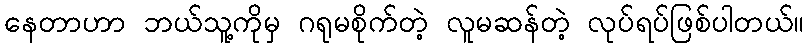
နေတာဟာ ဘယ်သူ့ကိုမှ ဂရုမစိုက်တဲ့ လူမဆန်တဲ့ လုပ်ရပ်ဖြစ်ပါတယ်။